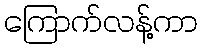
ကြောက်လန့်ကာ